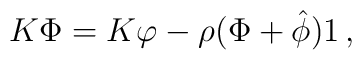
K\Phi=K\varphi-\rho (\Phi +{\hat \phi})1\,,